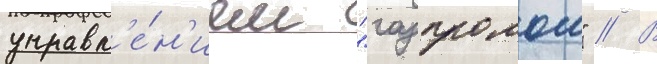
управл'е́н'ием "газпромом" // В